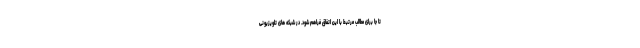
تا جا برای مطالب مرتبط با این اتفاق فراهم شود. در شبکه های تلویزیونی